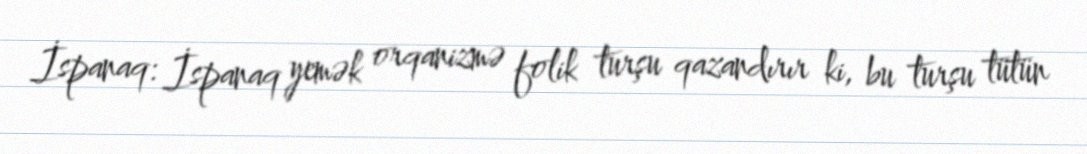
İspanaq: İspanaq yemək orqanizmə folik turşu qazandırır ki, bu turşu tütün